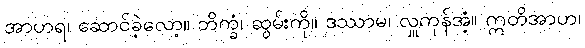
အာဟရ၊ ဆောင်ခဲ့လော့။ ဘိက္ခံ၊ ဆွမ်းကို။ ဒဿာမ၊ လှူကုန်အံ့။ ဣတိအာဟ၊